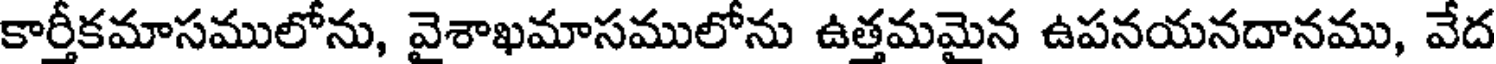
కార్తీకమాసములోను, వైశాఖమాసములోను ఉత్తమమైన ఉపనయనదానము, వేద